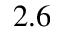
2 . 6